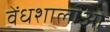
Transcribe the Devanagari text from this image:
वेंधशालाओं